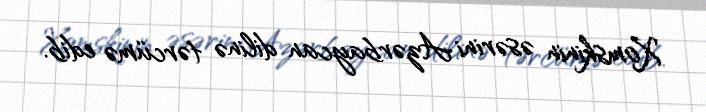
Xomskinin əsərini Azərbaycan dilinə tərcümə edib.